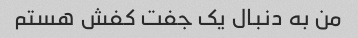
من به دنبال یک جفت کفش هستم